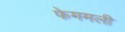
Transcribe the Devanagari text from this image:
फेममली